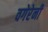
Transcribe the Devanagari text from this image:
वगेरेनी